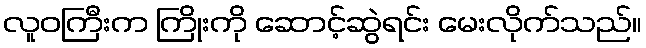
လူဝကြီးက ကြိုးကို ဆောင့်ဆွဲရင်း မေးလိုက်သည်။